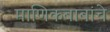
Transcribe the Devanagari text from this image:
माणिकबाबांचे